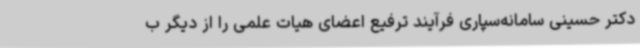
دکتر حسینی سامانه‌سپاری فرآیند ترفیع اعضای هیات علمی را از دیگر ب